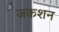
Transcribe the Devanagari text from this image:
जकशन